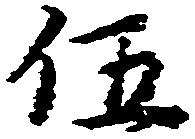
伍